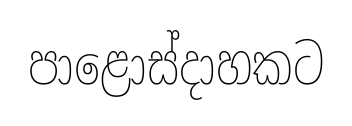
පාළොස්දාහකට